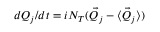
d Q _ { j } / d t = i N _ { T } ( \vec { Q } _ { j } - \langle \vec { Q } _ { j } \rangle )